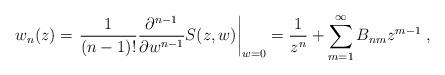
LaTeX: \begin{align*}w_{n}(z)=\left.\frac{1}{(n-1)!}\frac{\partial^{n-1}}{\partial w^{n-1}}S(z,w)\right|_{w=0}=\frac{1}{z^{n}}+\sum_{m=1}^{\infty}B_{nm}z^{m-1}\;,\end{align*}